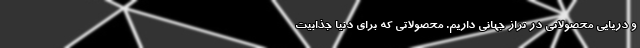
و دریایی محصولاتی در تراز جهانی داریم. محصولاتی که برای دنیا جذابیت